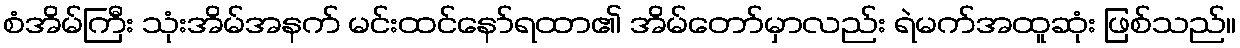
စံအိမ်ကြီး သုံးအိမ်အနက် မင်းထင်နော်ရထာ၏ အိမ်တော်မှာလည်း ရဲမက်အထူဆုံး ဖြစ်သည်။